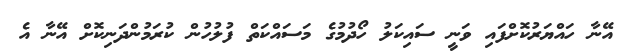
އޭނާ ހައްޔަރުކޮށްފައި ވަނީ ސައިކަލު ހޯދުމުގެ މަސައްކަތް ފުލުހުން ކުރަމުންދަނިކޮށް އޭނާ އެ